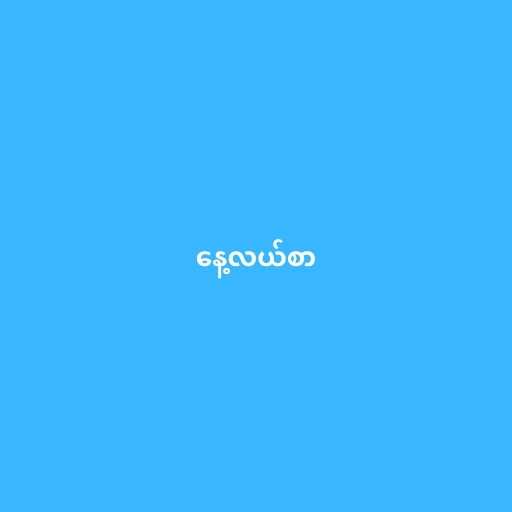
နေ့လယ်စာ